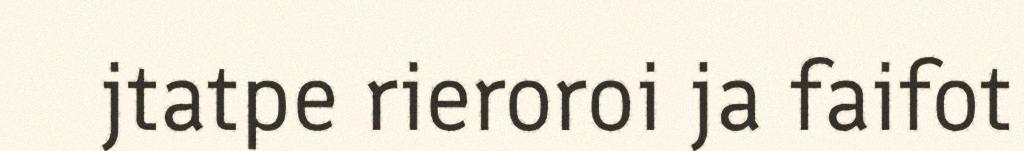
jtatpe rieroroi ja faifot